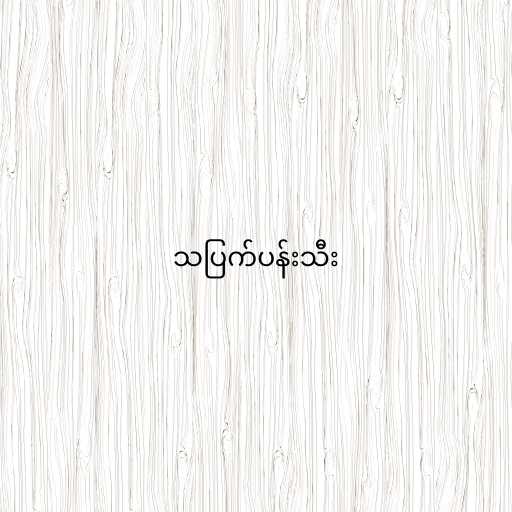
သပြက်ပန်းသီး